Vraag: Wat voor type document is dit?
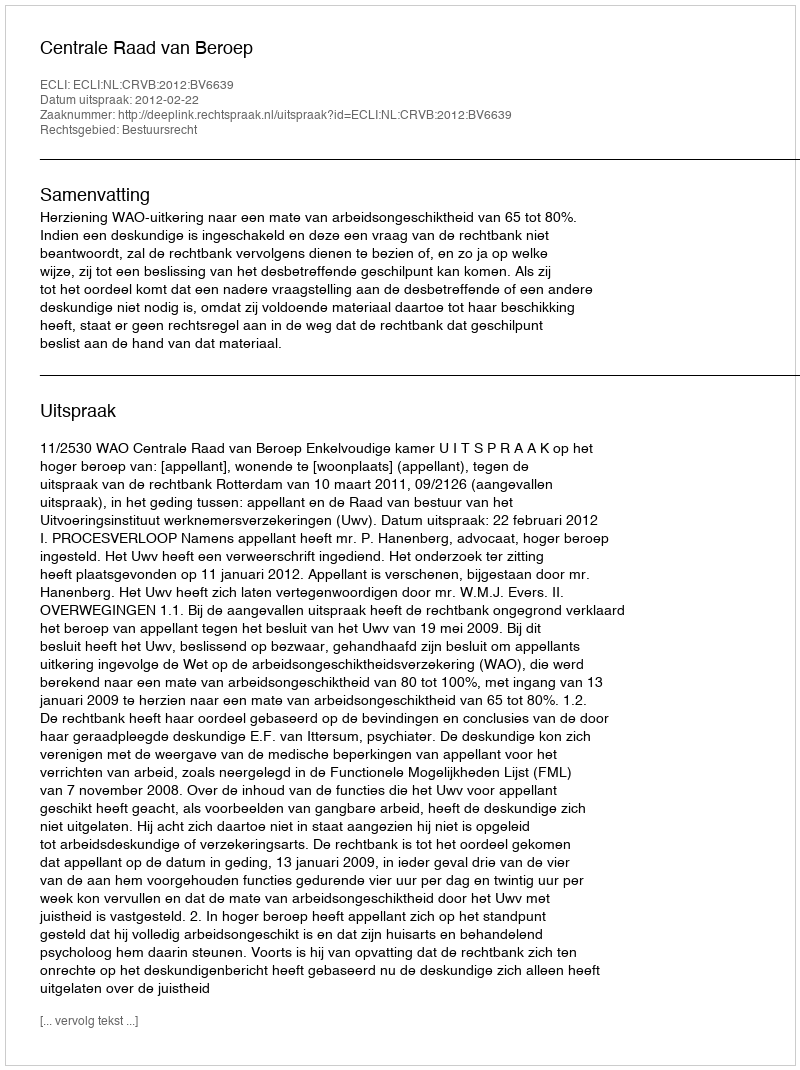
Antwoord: Uitspraak